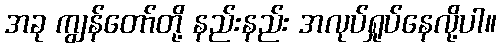
အခု ကျွန်တော်တို့ နည်းနည်း အလုပ်ရှုပ်နေလို့ပါ။